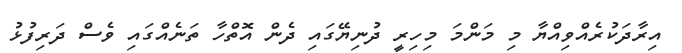
އިރާދަކުރެއްވިއްޔާ މި މަންމަ މިހިރީ ދުނިޔޭގައި ދެން އޮތްހާ ތަނެއްގައި ވެސް ދަރިފުޅު